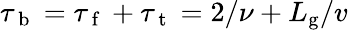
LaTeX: \tau_{\mathrm{~b~}}=\tau_{\mathrm{~f~}}+\tau_{\mathrm{~t~}}=2/\nu+L_{\mathrm{g}}/v